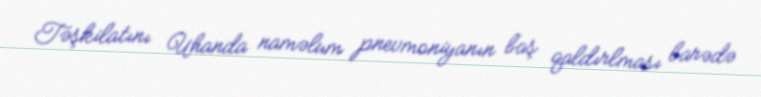
Təşkilatını Uhanda naməlum pnevmoniyanın baş qaldırlması barədə